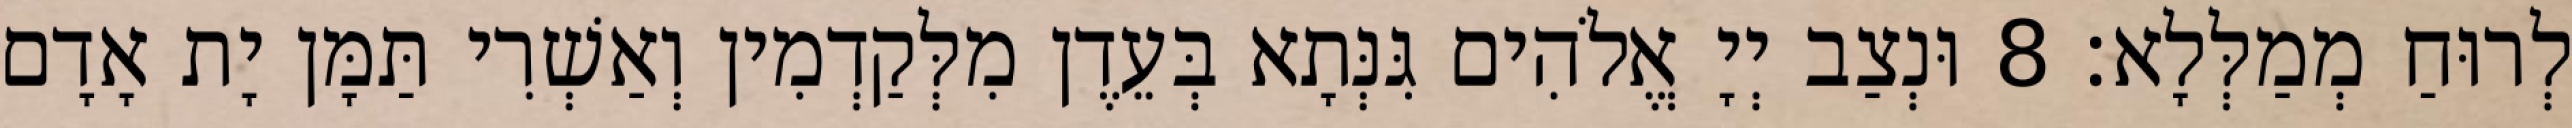
לְרוּחַ מְמַלְּלָא׃ 8 וּנְצַב יְיָ אֱלֹהִים גִּנְּתָא בְּעֵדֶן מִלְּקַדְמִין וְאַשְׁרִי תַּמָּן יָת אָדָם